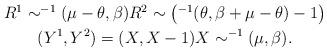
LaTeX: \begin{align*}\begin{gathered}R^1 \sim ^{-1}(\mu-\theta,\beta)R^2 \sim \left(^{-1}(\theta,\beta+\mu-\theta)-1\right)\\(Y^1,Y^2) = (X, X-1) X\sim ^{-1}(\mu,\beta).\end{gathered}\end{align*}